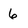
Character: 6